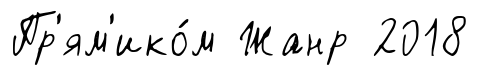
Пр'ям'ико́м Жанр 2018